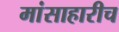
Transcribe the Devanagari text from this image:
मांसाहारीच